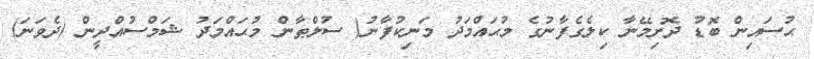
ޙުސައިން ބޮޑު ދޮށިމޭނާ ކިލެގެފާނުގެ މުޙައްމަދު މަނިކުފާނު( ސުލްޠާން މުޙައްމަދު ޝަމްސުއްދީން (ދެވަނަ)